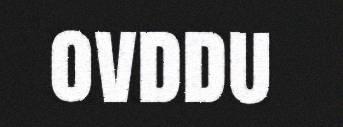
ovddu